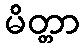
မိတ္တာ